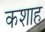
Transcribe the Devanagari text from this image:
कशाह